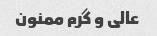
عالی و گرم ممنون